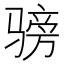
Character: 𬴅